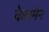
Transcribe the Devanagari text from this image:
केलमैन